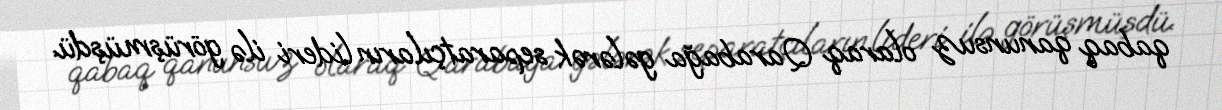
qabaq qanunsuz olaraq Qarabağa gələrək separatçıların lideri ilə görüşmüşdü.